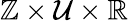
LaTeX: \mathbb{Z}\times\mathcal{U}\times\mathbb{R}